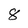
Character: 8